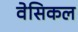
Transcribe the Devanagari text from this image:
वेसिकल